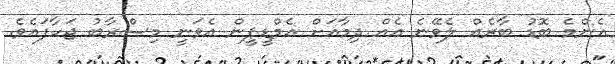
އެންމެ ބޮޑު ބާރެއް ލެވޭނެ އެއް ދިމާއަށް އެމްޑީޕީން އެވަނީ މިސްރާބު ޖަހާފައެވެ.